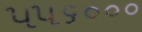
૫૫૬૦૦૦